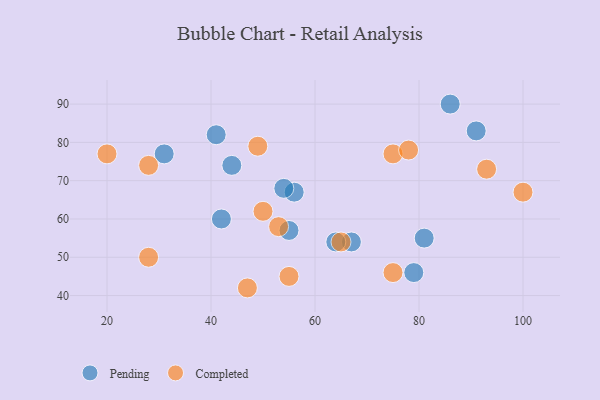
{"axis": {"x": "GDP", "y": "Life Expectancy"}, "legend": ["Completed", "Pending"], "data": [{"x": "67", "y": 54, "type": "Pending"}, {"x": "42", "y": 60, "type": "Pending"}, {"x": "44", "y": 74, "type": "Pending"}, {"x": "64", "y": 54, "type": "Pending"}, {"x": "55", "y": 57, "type": "Pending"}, {"x": "86", "y": 90, "type": "Pending"}, {"x": "81", "y": 55, "type": "Pending"}, {"x": "56", "y": 67, "type": "Pending"}, {"x": "91", "y": 83, "type": "Pending"}, {"x": "31", "y": 77, "type": "Pending"}, {"x": "54", "y": 68, "type": "Pending"}, {"x": "79", "y": 46, "type": "Pending"}, {"x": "41", "y": 82, "type": "Pending"}, {"x": "55", "y": 45, "type": "Completed"}, {"x": "100", "y": 67, "type": "Completed"}, {"x": "47", "y": 42, "type": "Completed"}, {"x": "20", "y": 77, "type": "Completed"}, {"x": "65", "y": 54, "type": "Completed"}, {"x": "75", "y": 46, "type": "Completed"}, {"x": "28", "y": 50, "type": "Completed"}, {"x": "75", "y": 77, "type": "Completed"}, {"x": "93", "y": 73, "type": "Completed"}, {"x": "78", "y": 78, "type": "Completed"}, {"x": "28", "y": 74, "type": "Completed"}, {"x": "50", "y": 62, "type": "Completed"}, {"x": "53", "y": 58, "type": "Completed"}, {"x": "49", "y": 79, "type": "Completed"}]}